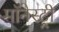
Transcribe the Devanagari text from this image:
मॉनेस्‍ट्री